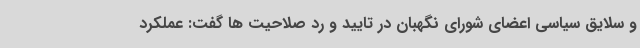
و سلایق سیاسی اعضای شورای نگهبان در تایید و رد صلاحیت ها گفت: عملکرد